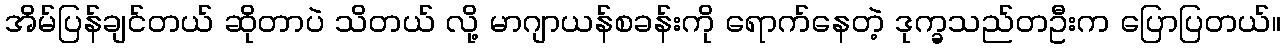
အိမ်ပြန်ချင်တယ် ဆိုတာပဲ သိတယ် လို့ မာဂျာယန်စခန်းကို ရောက်နေတဲ့ ဒုက္ခသည်တဦးက ပြောပြတယ်။